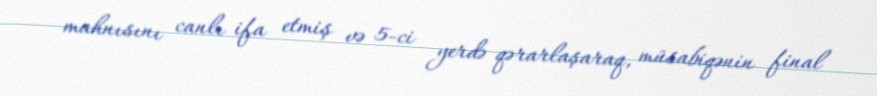
mahnısını canlı ifa etmiş və 5-ci yerdə qərarlaşaraq, müsabiqənin final